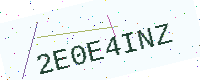
Text: 2E0E4INZ